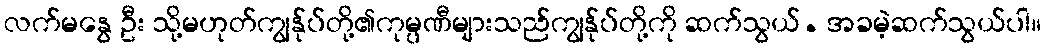
လက်မနွေ ဦး သို့မဟုတ်ကျွန်ုပ်တို့၏ကုမ္ပဏီများသည်ကျွန်ုပ်တို့ကို ဆက်သွယ်. အခမဲ့ဆက်သွယ်ပါ။